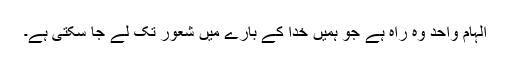
اِلہام واحد وہ راہ ہے جو ہمیں خُدا کے بارے میں شعور تک لے جا سکتی ہے۔